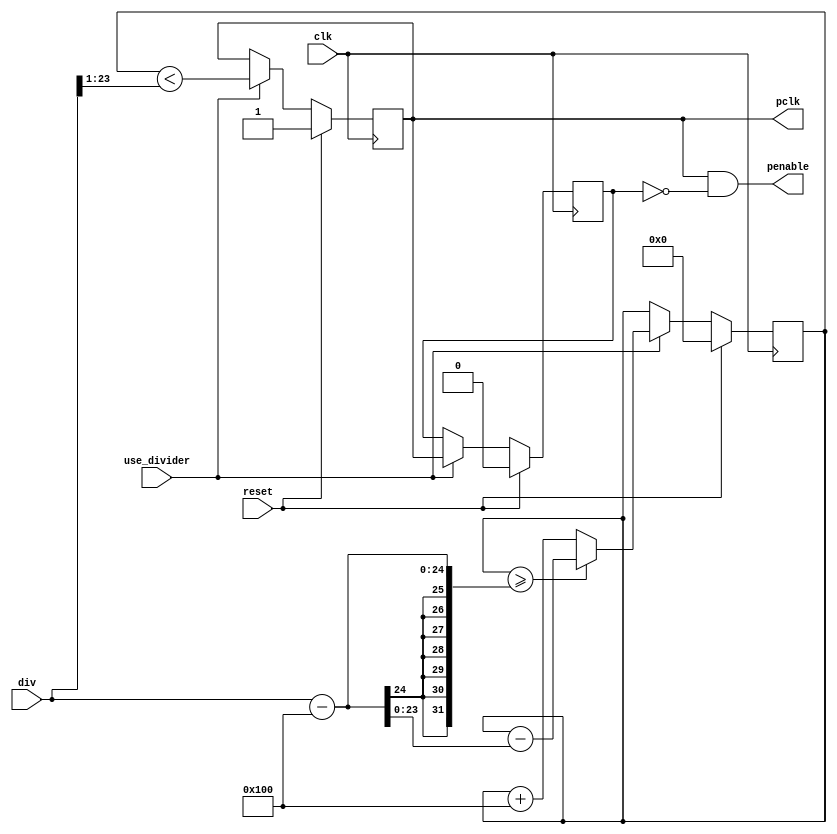
// SPDX-FileCopyrightText: 2022 Lawrie Griffiths
// SPDX-License-Identifier: BSD-2-Clause

`default_nettype none
module divider (
  input         clk,
  input         reset,
  input [23:0]  div,
  input         use_divider,
  output        penable,
  output        pclk
);

  reg [23:0] div_counter;
  reg        pen;
  reg        old_pen;

  always @(posedge clk) begin
    if (reset) begin
      div_counter <= 0;
      pen <= 1;
      old_pen <= 0;
    end else begin
      if (use_divider) begin
        old_pen <= pen;
        div_counter <= div_counter + 256;
        if (div_counter >= div - 256)
          div_counter <= div_counter - (div - 256);
        pen <= div_counter < (div >> 1);
      end
    end
  end

  assign penable = pen & ~old_pen;
  assign pclk = pen;

endmodule